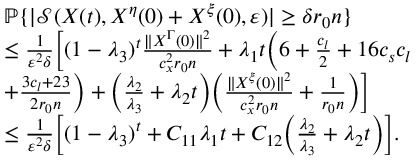
\begin{array} { r l } & { \mathbb { P } \{ | \mathcal { S } ( X ( t ) , X ^ { \eta } ( 0 ) + X ^ { \xi } ( 0 ) , \varepsilon ) | \ge \delta r _ { 0 } n \} } \\ & { \le \frac { 1 } { \varepsilon ^ { 2 } \delta } \Big [ ( 1 - \lambda _ { 3 } ) ^ { t } \frac { \| X ^ { \Gamma } ( 0 ) \| ^ { 2 } } { c _ { x } ^ { 2 } r _ { 0 } n } + \lambda _ { 1 } t \Big ( 6 + \frac { c _ { l } } { 2 } + 1 6 c _ { s } c _ { l } } \\ & { + \frac { 3 c _ { l } + 2 3 } { 2 r _ { 0 } n } \Big ) + \Big ( \frac { \lambda _ { 2 } } { \lambda _ { 3 } } + \lambda _ { 2 } t \Big ) \Big ( \frac { \| X ^ { \xi } ( 0 ) \| ^ { 2 } } { c _ { x } ^ { 2 } r _ { 0 } n } + \frac { 1 } { r _ { 0 } n } \Big ) \Big ] } \\ & { \le \frac { 1 } { \varepsilon ^ { 2 } \delta } \Big [ ( 1 - \lambda _ { 3 } ) ^ { t } + C _ { 1 1 } \lambda _ { 1 } t + C _ { 1 2 } \Big ( \frac { \lambda _ { 2 } } { \lambda _ { 3 } } + \lambda _ { 2 } t \Big ) \Big ] . } \end{array}